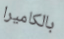
بالكاميرا